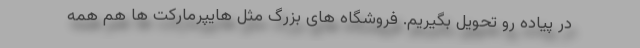
در پیاده رو تحویل بگیریم. فروشگاه های بزرگ مثل هایپرمارکت ها هم همه